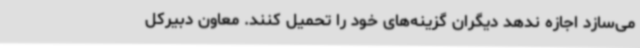
می‌سازد اجازه ندهد دیگران گزینه‌های خود را تحمیل کنند. معاون دبیرکل